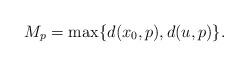
LaTeX: \begin{align*}M_p= \max\{d(x_0, p), d(u,p)\}. \end{align*}